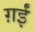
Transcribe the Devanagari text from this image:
ग़ईं